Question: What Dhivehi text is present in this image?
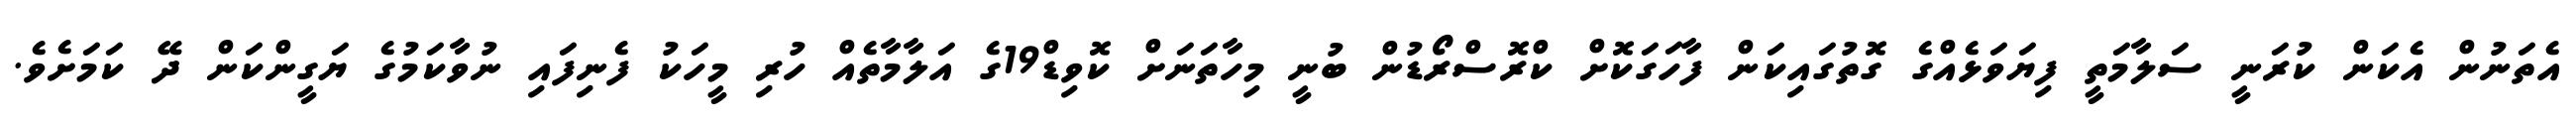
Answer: އެތަނުން އެކަން ކުރަނީ ސަލާމަތީ ފިޔަވަޅެއްގެ ގޮތުގައިކަން ފާހަގަކޮށް ކްރޮސްރޯޑުން ބުނީ މިހާތަނަށް ކޮވިޑް19ގެ އަލާމާތެއް ހުރި މީހަކު ފެނިފައި ނުވާކަމުގެ ޔަގީންކަން ދޭ ކަމަށެވެ.